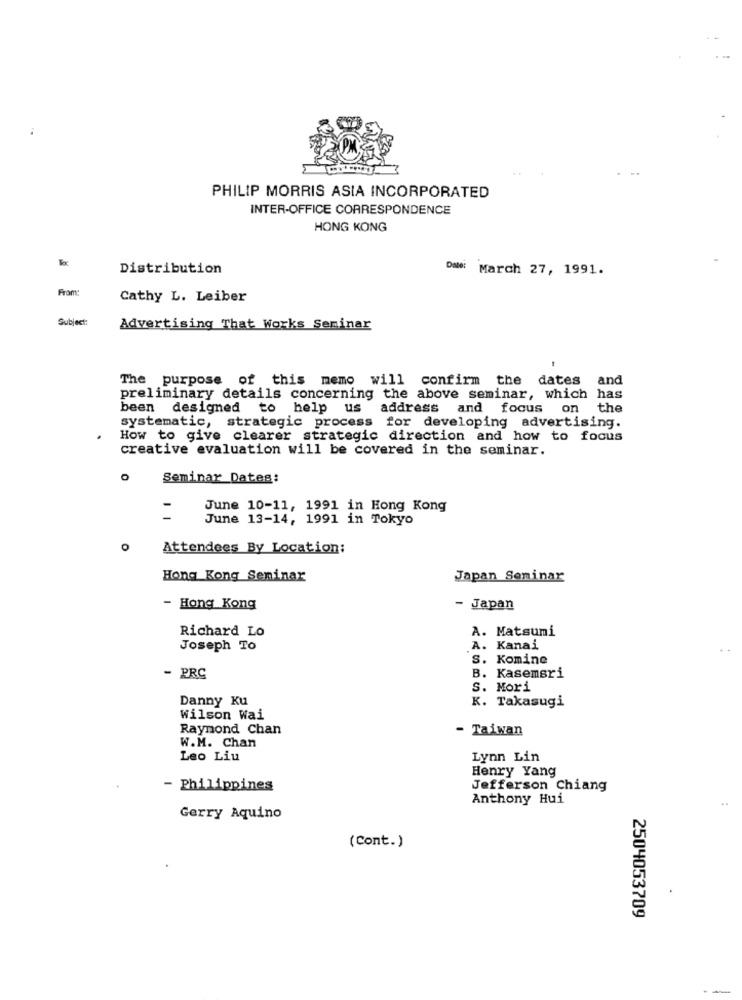
PHILIP MORRIS ASIA INCORPORATED
INTER-OFFICE CORRESPONDENCE
HONG KONG
Distribution
March 27, 1991.
From
Cathy L. Leiber
Subject:
Advertising That Works Seminar
The purpose of this memo will confirm the dates and
preliminary details concerning the above seminar, which has
been designed to help us
address and focus on the
systematic, strategic process for developing advertising.
How to give clearer strategic direction and how to focus
creative evaluation will be covered in the seminar.
O
Seminar Dates:
June 10-11, 1991 in Hong Kong
June 13-14, 1991 in Tokyo
Attendees By Location:
Hong Kong Seminar
Japan Seminar
- Hong Kong
Japan
Richard Lo
A. Matsumi
Joseph To
A. Kanai
S. Komine
- PRC
B. Kasemsri
S. Mori
Danny Ku
K. Takasugi
Wilson Wai
Raymond Chan
- Taiwan
W.M. Chan
Leo Liu
Lynn Lin
Henry Yang
- Philippines
Jefferson Chiang
Anthony Hui
Gerry Aquino
(Cont.)
2504053709